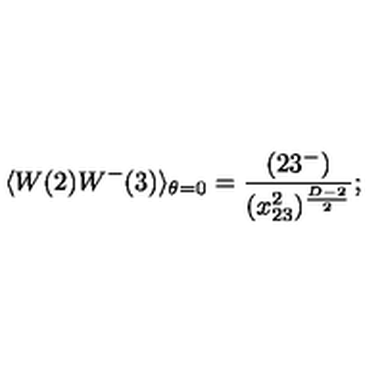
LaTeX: \langle W ( 2 ) W ^ { - } ( 3 ) \rangle _ { \theta = 0 } = \frac { ( 2 3 ^ { - } ) } { ( x _ { 2 3 } ^ { 2 } ) ^ { \frac { D - 2 } { 2 } } } ; \nonumber